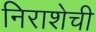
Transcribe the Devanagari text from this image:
निराशेची